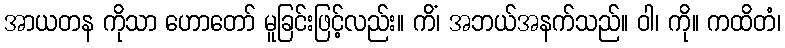
အာယတန ကိုသာ ဟောတော် မူခြင်းဖြင့်လည်း။ ကိံ၊ အဘယ်အနက်သည်။ ဝါ၊ ကို။ ကထိတံ၊